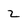
Character: 2